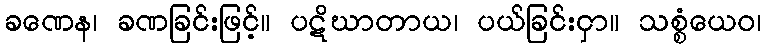
ခဏေန၊ ခဏခြင်းဖြင့်။ ပဋိဃာတာယ၊ ပယ်ခြင်းငှာ။ သစ္စံယေဝ၊